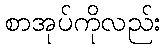
စာအုပ်ကိုလည်း